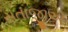
સતાજીએ